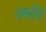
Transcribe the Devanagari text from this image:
गम्भीर्य